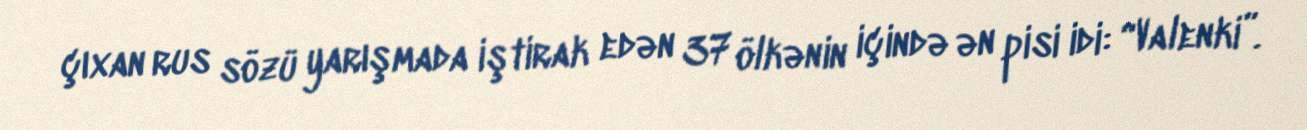
çıxan rus sözü yarışmada iştirak edən 37 ölkənin içində ən pisi idi: “Valenki”.